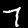
Label: 7